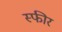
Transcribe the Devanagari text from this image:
स्फीर